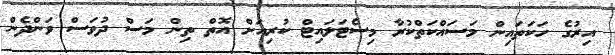
އިރުގެ ހަކަތައިން މަސައްކަތްކުރާ މިސެޓަލައިޓް ކުރިއަށް އޮތް ތިން މަސް ދުވަސް ވަންދެން